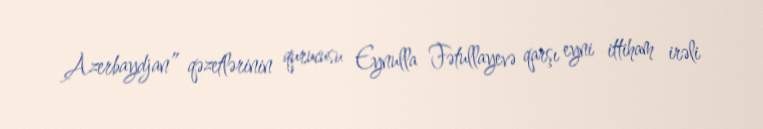
Azerbaydjan” qəzetlərinin qurucusu Eynulla Fətullayevə qarşı eyni ittiham irəli